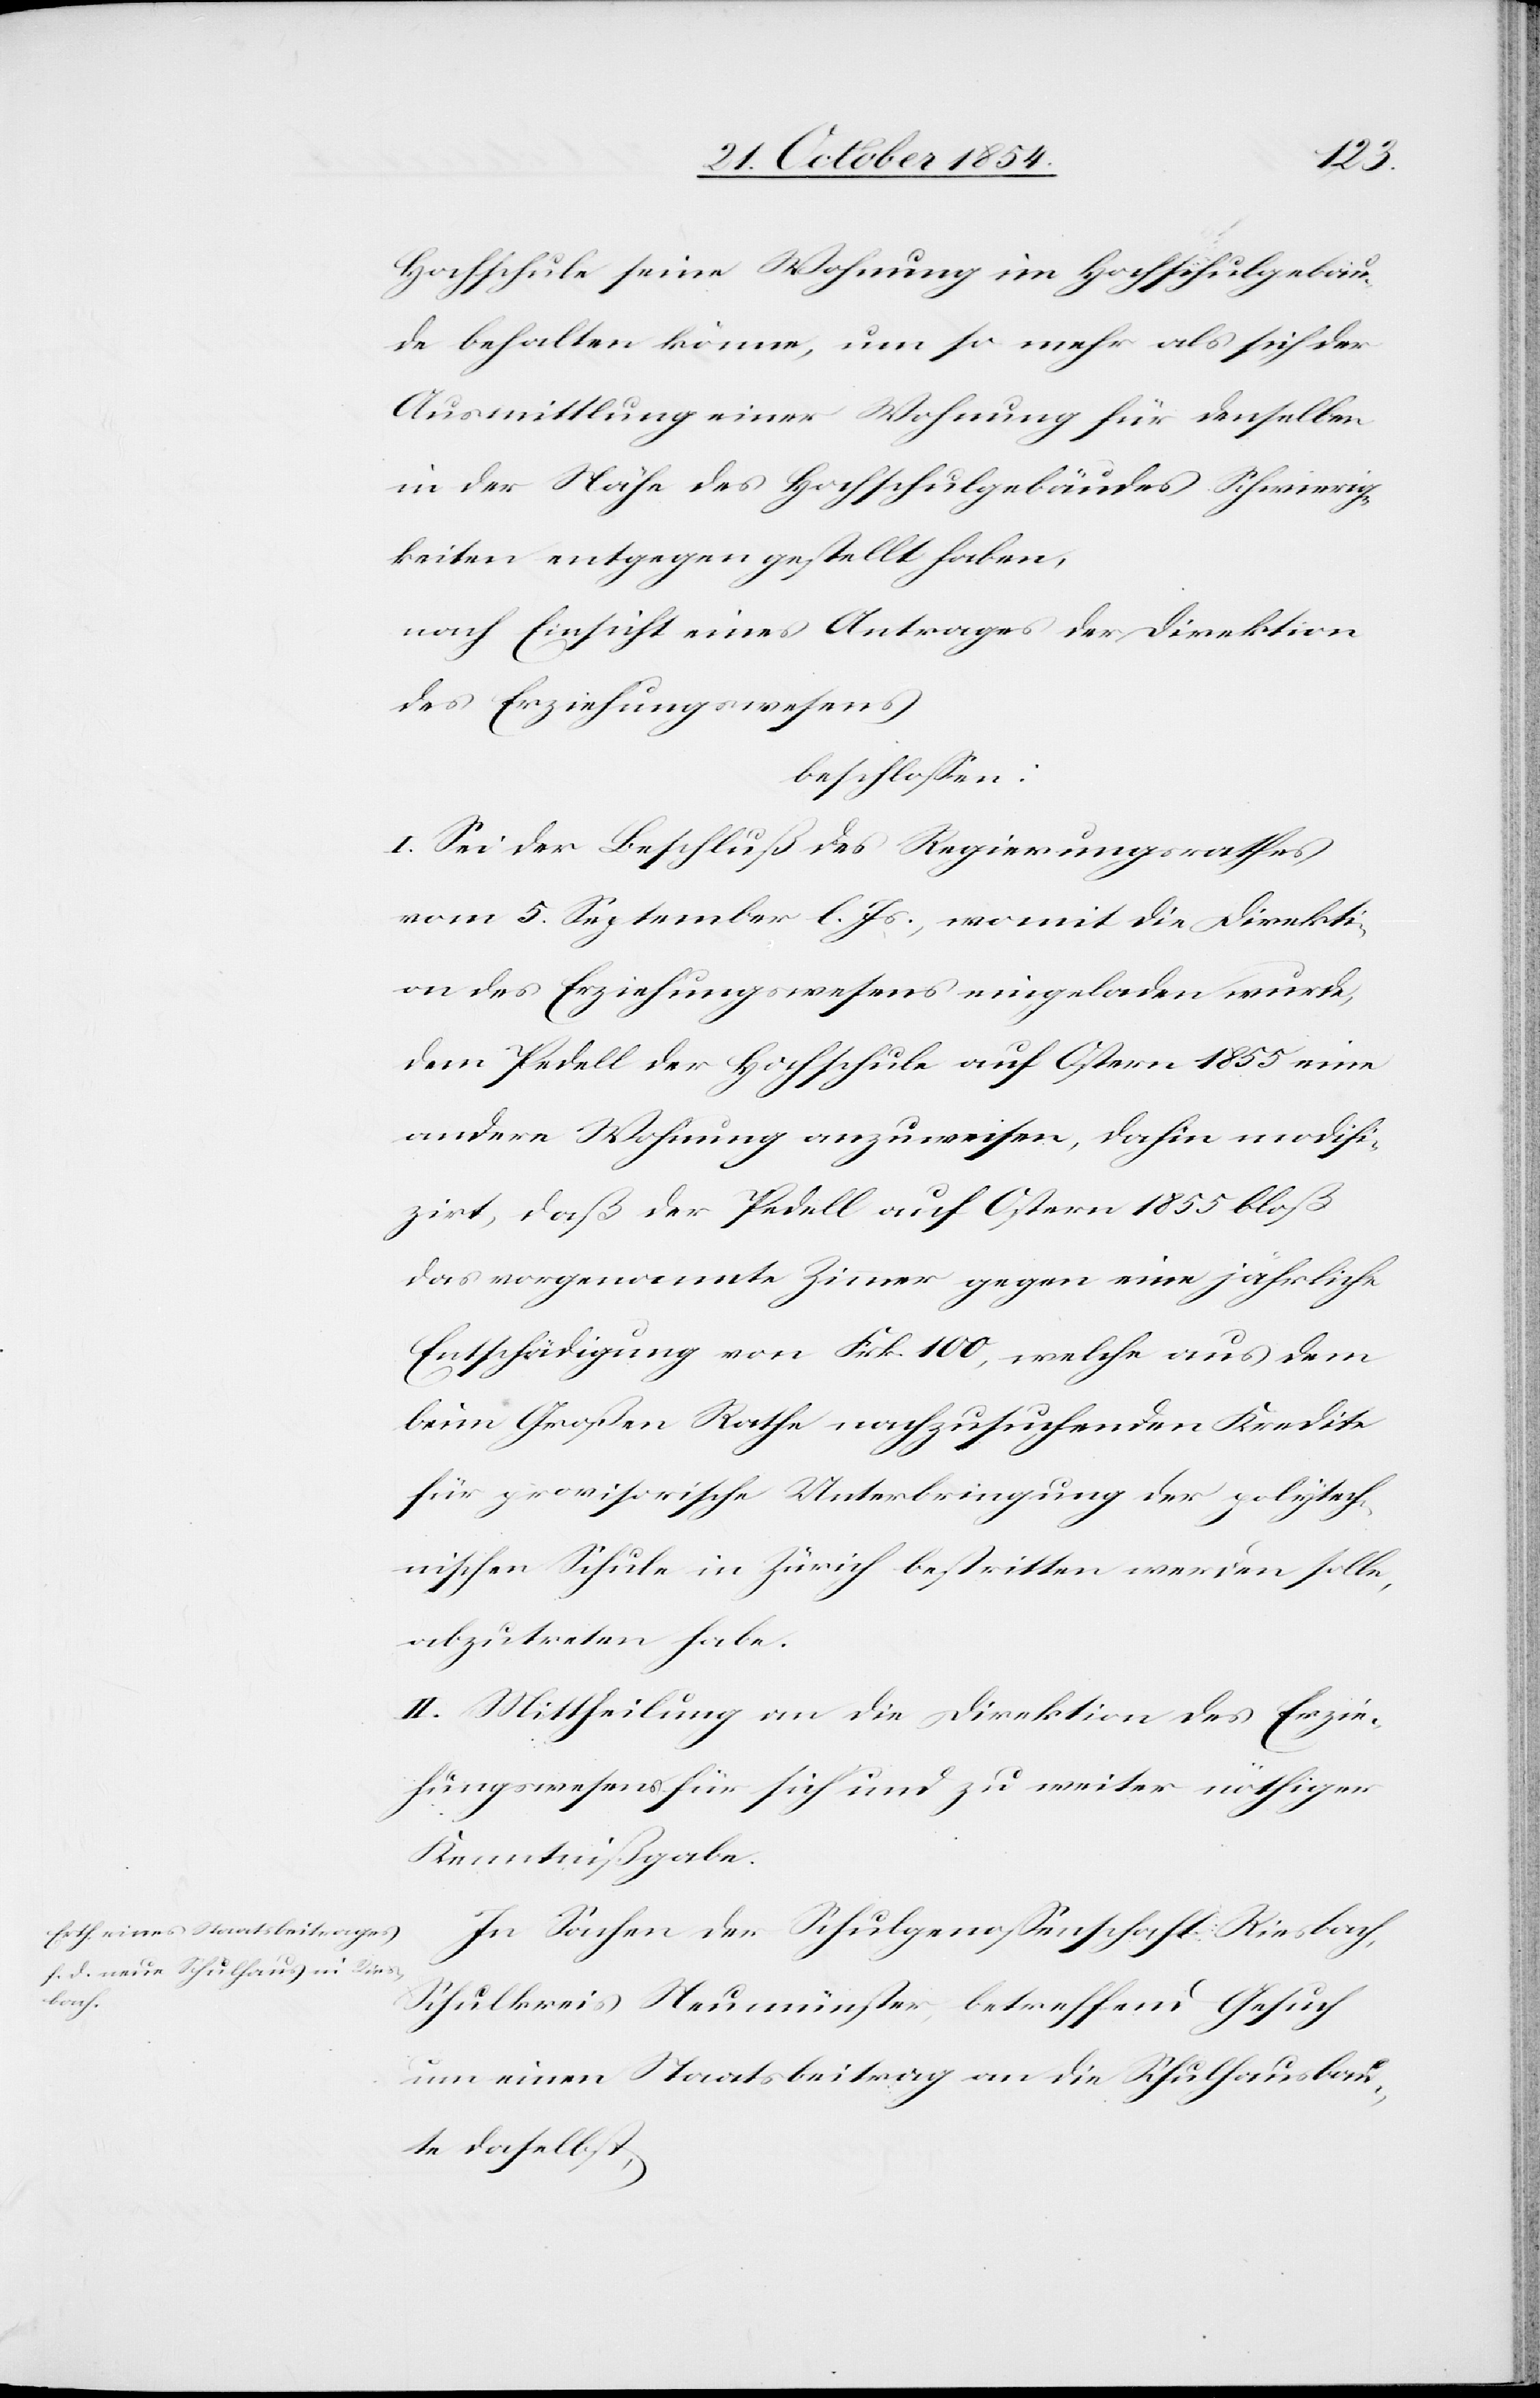
Hochschule seine Wohnung im Hochschulgebäu¬
de behalten könne, um so mehr als sich der
Ausmittlung einer Wohnung für denselben
in der Nähe des Hochschulgebäudes Schwierig¬
keiten entgegen gestellt haben,
nach Einsicht eines Antrages der Direktion
des Erziehungswesens,
beschloßen:
I. Sei der Beschluß des Regierungsrathes
vom 5. September l. Js., womit die Direkti¬
on des Erziehungswesens eingeladen wurde,
dem Pedell der Hochschule auf Ostern 1855 eine
andere Wohnung anzuweisen, dahin modifi¬
zirt, daß der Pedell auf Ostern 1855 bloß
das vorgenannte Zimmer gegen eine jährliche
Entschädigung von Frk. 100, welche aus dem
beim Großen Rathe nachzusuchenden Kredite
für provisorische Unterbringung der polytech¬
nischen Schule in Zürich bestritten werden solle,
abzutreten habe.
III. Mittheilung an die Direktion des Erzie¬
hungswesens für sich und zu weiter nöthiger
Kenntnißgabe.
In Sachen der Schulgenoßenschaft Riesbach,
Schulkreis Neumünster, betreffend Gesuch
um einen Staatsbeitrag an die Schulhausbau¬
te daselbst,